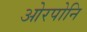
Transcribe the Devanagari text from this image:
ओरपोनि